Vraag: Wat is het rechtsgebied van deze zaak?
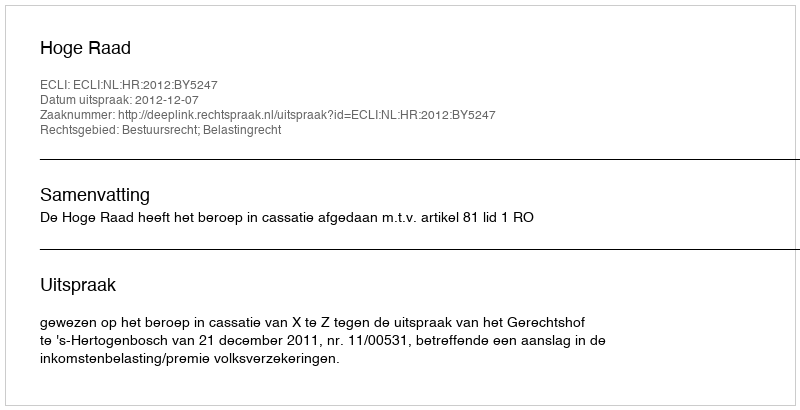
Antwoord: Bestuursrecht; Belastingrecht